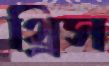
থ্রিস